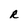
Character: R